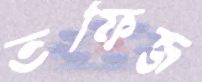
তফিজ